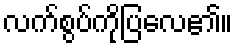
လက်စွပ်ကိုပြလေ၏။